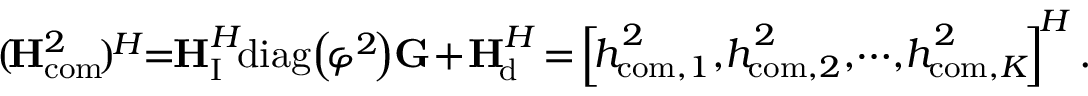
( \! { { \bf { H } } _ { \mathrm { { c o m } } } ^ { 2 } } \! ) ^ { \! H } \! \! = \! { \! \bf { H } } _ { \mathrm { I } } ^ { H } { \! \mathrm { d i a g } } \! \left( \! { \boldsymbol { \varphi } } ^ { 2 } \! \right) { \! \bf { G } } \! + { \! \bf { H } } _ { \! \mathrm { d } } ^ { H } \! = \! \left[ { \! { \boldsymbol { h } } _ { \! { \mathrm { c o m } } , 1 } ^ { 2 } } , { \! { \boldsymbol { h } } _ { \! \mathrm { { c o m } } , 2 } ^ { 2 } } , \! \cdots \! , { \! { \boldsymbol { h } } _ { \! { \mathrm { c o m } } , K } ^ { 2 } } \! \right] ^ { \! H } .